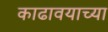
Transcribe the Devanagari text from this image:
काढावयाच्या